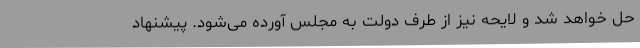
حل خواهد شد و لایحه نیز از طرف دولت به مجلس آورده می‌شود. پیشنهاد